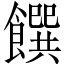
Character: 饌